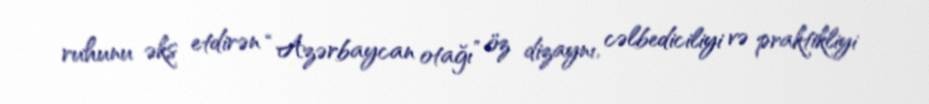
ruhunu əks etdirən “Azərbaycan otağı” öz dizaynı, cəlbediciliyi və praktikliyi